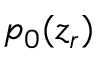
p _ { 0 } ( z _ { r } )